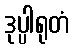
ဒုပ္ပါရုတံ